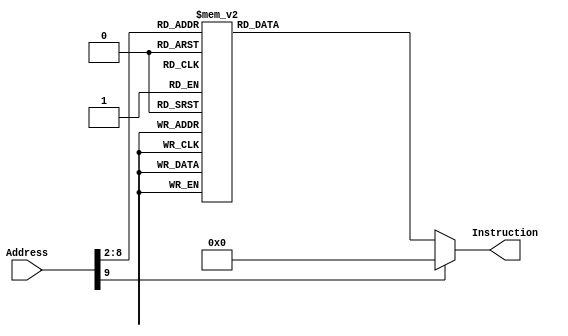

module InstructionMemory(Address, Instruction);
    input [31:0] Address;
    output reg [31:0] Instruction;

    always @(*)
        case (Address[9:2])
            // j       Reset
            8'd0: Instruction <= 32'h08000003;
            // j       Break
            8'd1: Instruction <= 32'h0800002f;
            // j       Exception
            8'd2: Instruction <= 32'h08000078;
            // addi    $gp,  $zero,  0
            8'd3: Instruction <= 32'h201c0000;
            // addi    $t0,  $zero,  0x0040
            8'd4: Instruction <= 32'h20080040;
            // sw      $t0,  0($gp)
            8'd5: Instruction <= 32'haf880000;
            // addi    $t0,  $zero,  0x0079
            8'd6: Instruction <= 32'h20080079;
            // sw      $t0,  4($gp)
            8'd7: Instruction <= 32'haf880004;
            // addi    $t0,  $zero,  0x0024
            8'd8: Instruction <= 32'h20080024;
            // sw      $t0,  8($gp)
            8'd9: Instruction <= 32'haf880008;
            // addi    $t0,  $zero,  0x0030
            8'd10: Instruction <= 32'h20080030;
            // sw      $t0,  12($gp)
            8'd11: Instruction <= 32'haf88000c;
            // addi    $t0,  $zero,  0x0019
            8'd12: Instruction <= 32'h20080019;
            // sw      $t0,  16($gp)
            8'd13: Instruction <= 32'haf880010;
            // addi    $t0,  $zero,  0x0012
            8'd14: Instruction <= 32'h20080012;
            // sw      $t0,  20($gp)
            8'd15: Instruction <= 32'haf880014;
            // addi    $t0,  $zero,  0x0002
            8'd16: Instruction <= 32'h20080002;
            // sw      $t0,  24($gp)
            8'd17: Instruction <= 32'haf880018;
            // addi    $t0,  $zero,  0x0078
            8'd18: Instruction <= 32'h20080078;
            // sw      $t0,  28($gp)
            8'd19: Instruction <= 32'haf88001c;
            // addi    $t0,  $zero,  0x0000
            8'd20: Instruction <= 32'h20080000;
            // sw      $t0,  32($gp)
            8'd21: Instruction <= 32'haf880020;
            // addi    $t0,  $zero,  0x0010
            8'd22: Instruction <= 32'h20080010;
            // sw      $t0,  36($gp)
            8'd23: Instruction <= 32'haf880024;
            // addi    $t0,  $zero,  0x0008
            8'd24: Instruction <= 32'h20080008;
            // sw      $t0,  40($gp)
            8'd25: Instruction <= 32'haf880028;
            // addi    $t0,  $zero,  0x0003
            8'd26: Instruction <= 32'h20080003;
            // sw      $t0,  44($gp)
            8'd27: Instruction <= 32'haf88002c;
            // addi    $t0,  $zero,  0x0046
            8'd28: Instruction <= 32'h20080046;
            // sw      $t0,  48($gp)
            8'd29: Instruction <= 32'haf880030;
            // addi    $t0,  $zero,  0x0021
            8'd30: Instruction <= 32'h20080021;
            // sw      $t0,  52($gp)
            8'd31: Instruction <= 32'haf880034;
            // addi    $t0,  $zero,  0x0006
            8'd32: Instruction <= 32'h20080006;
            // sw      $t0,  56($gp)
            8'd33: Instruction <= 32'haf880038;
            // addi    $t0,  $zero,  0x000e
            8'd34: Instruction <= 32'h2008000e;
            // sw      $t0,  60($gp)
            8'd35: Instruction <= 32'haf88003c;
            // lui     $s2,  0x4000
            8'd36: Instruction <= 32'h3c124000;
            // sw      $zero,  8($s2)
            8'd37: Instruction <= 32'hae400008;
            // addi    $t0,  $zero,  0xfffe
            8'd38: Instruction <= 32'h2008fffe;
            // sw      $t0,  0($s2)
            8'd39: Instruction <= 32'hae480000;
            // addi    $t0,  $zero,  0xffff
            8'd40: Instruction <= 32'h2008ffff;
            // sw      $t0,  4($s2)
            8'd41: Instruction <= 32'hae480004;
            // addi    $t0,  $zero,  3
            8'd42: Instruction <= 32'h20080003;
            // sw      $t0,  8($s2)
            8'd43: Instruction <= 32'hae480008;
            // sll     $t0,  $t0,  0
            8'd44: Instruction <= 32'h00084000;
            // addi    $s3,  $zero,  0x00b8
            8'd45: Instruction <= 32'h201300b8;
            // jr      $s3
            8'd46: Instruction <= 32'h02600008;
            // lw      $t0,  8($s2)
            8'd47: Instruction <= 32'h8e480008;
            // andi    $t0,  $t0,  0xfff9
            8'd48: Instruction <= 32'h3108fff9;
            // sw      $t0,  8($s2)
            8'd49: Instruction <= 32'hae480008;
            // addi    $a0,  $s0,  0
            8'd50: Instruction <= 32'h22040000;
            // addi    $a1,  $s1,  0
            8'd51: Instruction <= 32'h22250000;
            // beq     $a0,  $zero,  Scan
            8'd52: Instruction <= 32'h1080001e;
            // beq     $a1,  $zero,  Opr1zero
            8'd53: Instruction <= 32'h10a0001c;
            // addi    $t0,  $zero,  0
            8'd54: Instruction <= 32'h20080000;
            // addi    $t1,  $zero,  0
            8'd55: Instruction <= 32'h20090000;
            // addi    $t2,  $zero,  1
            8'd56: Instruction <= 32'h200a0001;
            // and     $t3,  $a0,  $t2
            8'd57: Instruction <= 32'h008a5824;
            // bne     $t3,  $zero,  Loop2
            8'd58: Instruction <= 32'h15600003;
            // addi    $t0,  $t0,  1
            8'd59: Instruction <= 32'h21080001;
            // srl     $a0,  $a0,  1
            8'd60: Instruction <= 32'h00042042;
            // j       Loop1
            8'd61: Instruction <= 32'h08000039;
            // and     $t3,  $a1,  $t2
            8'd62: Instruction <= 32'h00aa5824;
            // bne     $t3,  $zero,  Loop3
            8'd63: Instruction <= 32'h15600003;
            // addi    $t1,  $t1,  1
            8'd64: Instruction <= 32'h21290001;
            // srl     $a1,  $a1,  1
            8'd65: Instruction <= 32'h00052842;
            // j       Loop2
            8'd66: Instruction <= 32'h0800003e;
            // beq     $a0,  $a1,  Skip
            8'd67: Instruction <= 32'h10850007;
            // sub     $t3,  $a0,  $a1
            8'd68: Instruction <= 32'h00855822;
            // bgtz    $t3,  Positive
            8'd69: Instruction <= 32'h1d600003;
            // sub     $t3,  $a1,  $a0
            8'd70: Instruction <= 32'h00a45822;
            // addi    $a1,  $t3,  0
            8'd71: Instruction <= 32'h21650000;
            // j       Loop3
            8'd72: Instruction <= 32'h08000043;
            // addi    $a0,  $t3,  0
            8'd73: Instruction <= 32'h21640000;
            // j       Loop3
            8'd74: Instruction <= 32'h08000043;
            // sub     $t3,  $t1,  $t0
            8'd75: Instruction <= 32'h01285822;
            // bgtz    $t3,  Loop4
            8'd76: Instruction <= 32'h1d600001;
            // addi    $t0,  $t1,  0
            8'd77: Instruction <= 32'h21280000;
            // beq     $t0,  $zero,  Scan
            8'd78: Instruction <= 32'h11000004;
            // sub     $t0,  $t0,  $t2
            8'd79: Instruction <= 32'h010a4022;
            // sll     $a0,  $a0,  1
            8'd80: Instruction <= 32'h00042040;
            // j       Loop4
            8'd81: Instruction <= 32'h0800004e;
            // addi    $a0,  $zero,  0
            8'd82: Instruction <= 32'h20040000;
            // addi    $v0,  $a0,  0
            8'd83: Instruction <= 32'h20820000;
            // sw      $v0,  12($s2)
            8'd84: Instruction <= 32'hae42000c;
            // lw      $t0,  20($s2)
            8'd85: Instruction <= 32'h8e480014;
            // srl     $t1,  $t0,  8
            8'd86: Instruction <= 32'h00084a02;
            // andi    $t1,  $t1,  0x000f
            8'd87: Instruction <= 32'h3129000f;
            // sll     $t1,  $t1,  1
            8'd88: Instruction <= 32'h00094840;
            // addi    $t2,  $zero,  0x0010
            8'd89: Instruction <= 32'h200a0010;
            // bne     $t1,  $t2,  Select
            8'd90: Instruction <= 32'h152a0001;
            // addi    $t1,  $zero,  0x0001
            8'd91: Instruction <= 32'h20090001;
            // addi    $t3,  $zero,  0x0001
            8'd92: Instruction <= 32'h200b0001;
            // addi    $t4,  $zero,  0x0002
            8'd93: Instruction <= 32'h200c0002;
            // addi    $t5,  $zero,  0x0004
            8'd94: Instruction <= 32'h200d0004;
            // addi    $t6,  $zero,  0x0008
            8'd95: Instruction <= 32'h200e0008;
            // beq     $t1,  $t3,  Digi1
            8'd96: Instruction <= 32'h112b0004;
            // beq     $t1,  $t4,  Digi2
            8'd97: Instruction <= 32'h112c0005;
            // beq     $t1,  $t5,  Digi3
            8'd98: Instruction <= 32'h112d0006;
            // beq     $t1,  $t6,  Digi4
            8'd99: Instruction <= 32'h112e0007;
            // addi    $t1,  $zero,  0x0001
            8'd100: Instruction <= 32'h20090001;
            // srl     $t2,  $s0,  4
            8'd101: Instruction <= 32'h00105102;
            // j       Display
            8'd102: Instruction <= 32'h0800006d;
            // andi    $t2,  $s0,  0x000f
            8'd103: Instruction <= 32'h320a000f;
            // j       Display
            8'd104: Instruction <= 32'h0800006d;
            // srl     $t2,  $s1,  4
            8'd105: Instruction <= 32'h00115102;
            // j       Display
            8'd106: Instruction <= 32'h0800006d;
            // andi    $t2,  $s1,  0x000f
            8'd107: Instruction <= 32'h322a000f;
            // j       Display
            8'd108: Instruction <= 32'h0800006d;
            // sll     $t2,  $t2,  2
            8'd109: Instruction <= 32'h000a5080;
            // add     $t3,  $gp,  $t2
            8'd110: Instruction <= 32'h038a5820;
            // lw      $t2,  0($t3)
            8'd111: Instruction <= 32'h8d6a0000;
            // sll     $t1,  $t1,  8
            8'd112: Instruction <= 32'h00094a00;
            // add     $t0,  $t1,  $t2
            8'd113: Instruction <= 32'h012a4020;
            // sw      $t0,  20($s2)
            8'd114: Instruction <= 32'hae480014;
            // lw      $t0,  8($s2)
            8'd115: Instruction <= 32'h8e480008;
            // addi    $t1,  $zero,  0x0002
            8'd116: Instruction <= 32'h20090002;
            // or      $t0,  $t0,  $t1
            8'd117: Instruction <= 32'h01094025;
            // sw      $t0,  8($s2)
            8'd118: Instruction <= 32'hae480008;
            // jr      $k0
            8'd119: Instruction <= 32'h03400008;
            // jr      $k1
            8'd120: Instruction <= 32'h03600008;
            default: Instruction <= 32'h00000000;
        endcase
endmodule